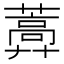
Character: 𦿣